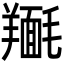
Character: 𮊴